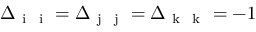
\Delta _ { { \mathrm { ~ i ~ } } { \mathrm { ~ i ~ } } } = \Delta _ { { \mathrm { ~ j ~ } } { \mathrm { ~ j ~ } } } = \Delta _ { { \mathrm { ~ k ~ } } { \mathrm { ~ k ~ } } } = - 1